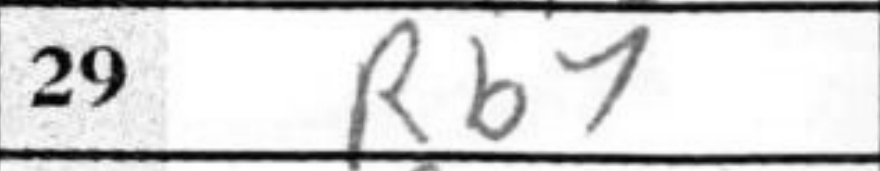
Transcription: Rb7